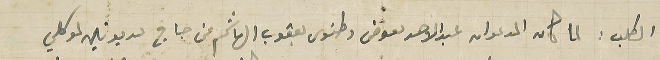
الطلب : لما كان المدعوان عبد الاحد معوض وطنوس يعقوب الهاشم من جاج مديونين لموكلي